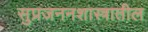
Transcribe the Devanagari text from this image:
सुप्रजननशास्त्रातील